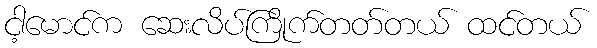
ငါ့မောင်က ဆေးလိပ်ကြိုက်တတ်တယ် ထင်တယ်